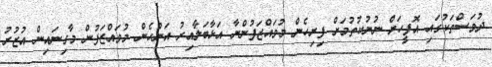
ދުވަސްތަކުގައި އޮފީހަށް ނުނުކުތުމަށް ފިރިހެން މުވައްޒަފުންނާ އަޅާބަލާއިރު އަންހެން މުވައްޒަފުން މާގިނައިން އުޒުރު